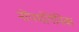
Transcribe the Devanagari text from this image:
नोंपथोगेनिक